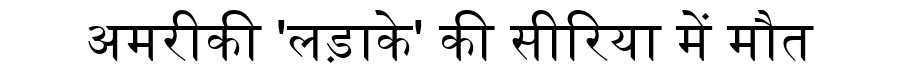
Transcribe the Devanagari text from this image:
अमरीकी 'लड़ाके' की सीरिया में मौत